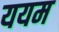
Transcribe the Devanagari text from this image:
ययम